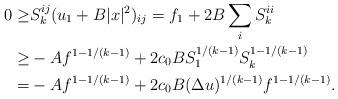
LaTeX: \begin{align*}\begin{aligned}0 \geq & S^{ij}_k (u_1 + B |x|^2)_{ij} = f_1 + 2 B \sum_i S^{ii}_k\\ \geq & - A f^{1 - 1/(k-1)} + 2 c_0 B S_1^{1/(k-1)} S_k^{1 - 1/(k-1)}\\ = & - A f^{1 - 1/(k-1)} + 2 c_0 B (\Delta u)^{1/(k-1)} f^{1 - 1/(k-1)}.\end{aligned}\end{align*}